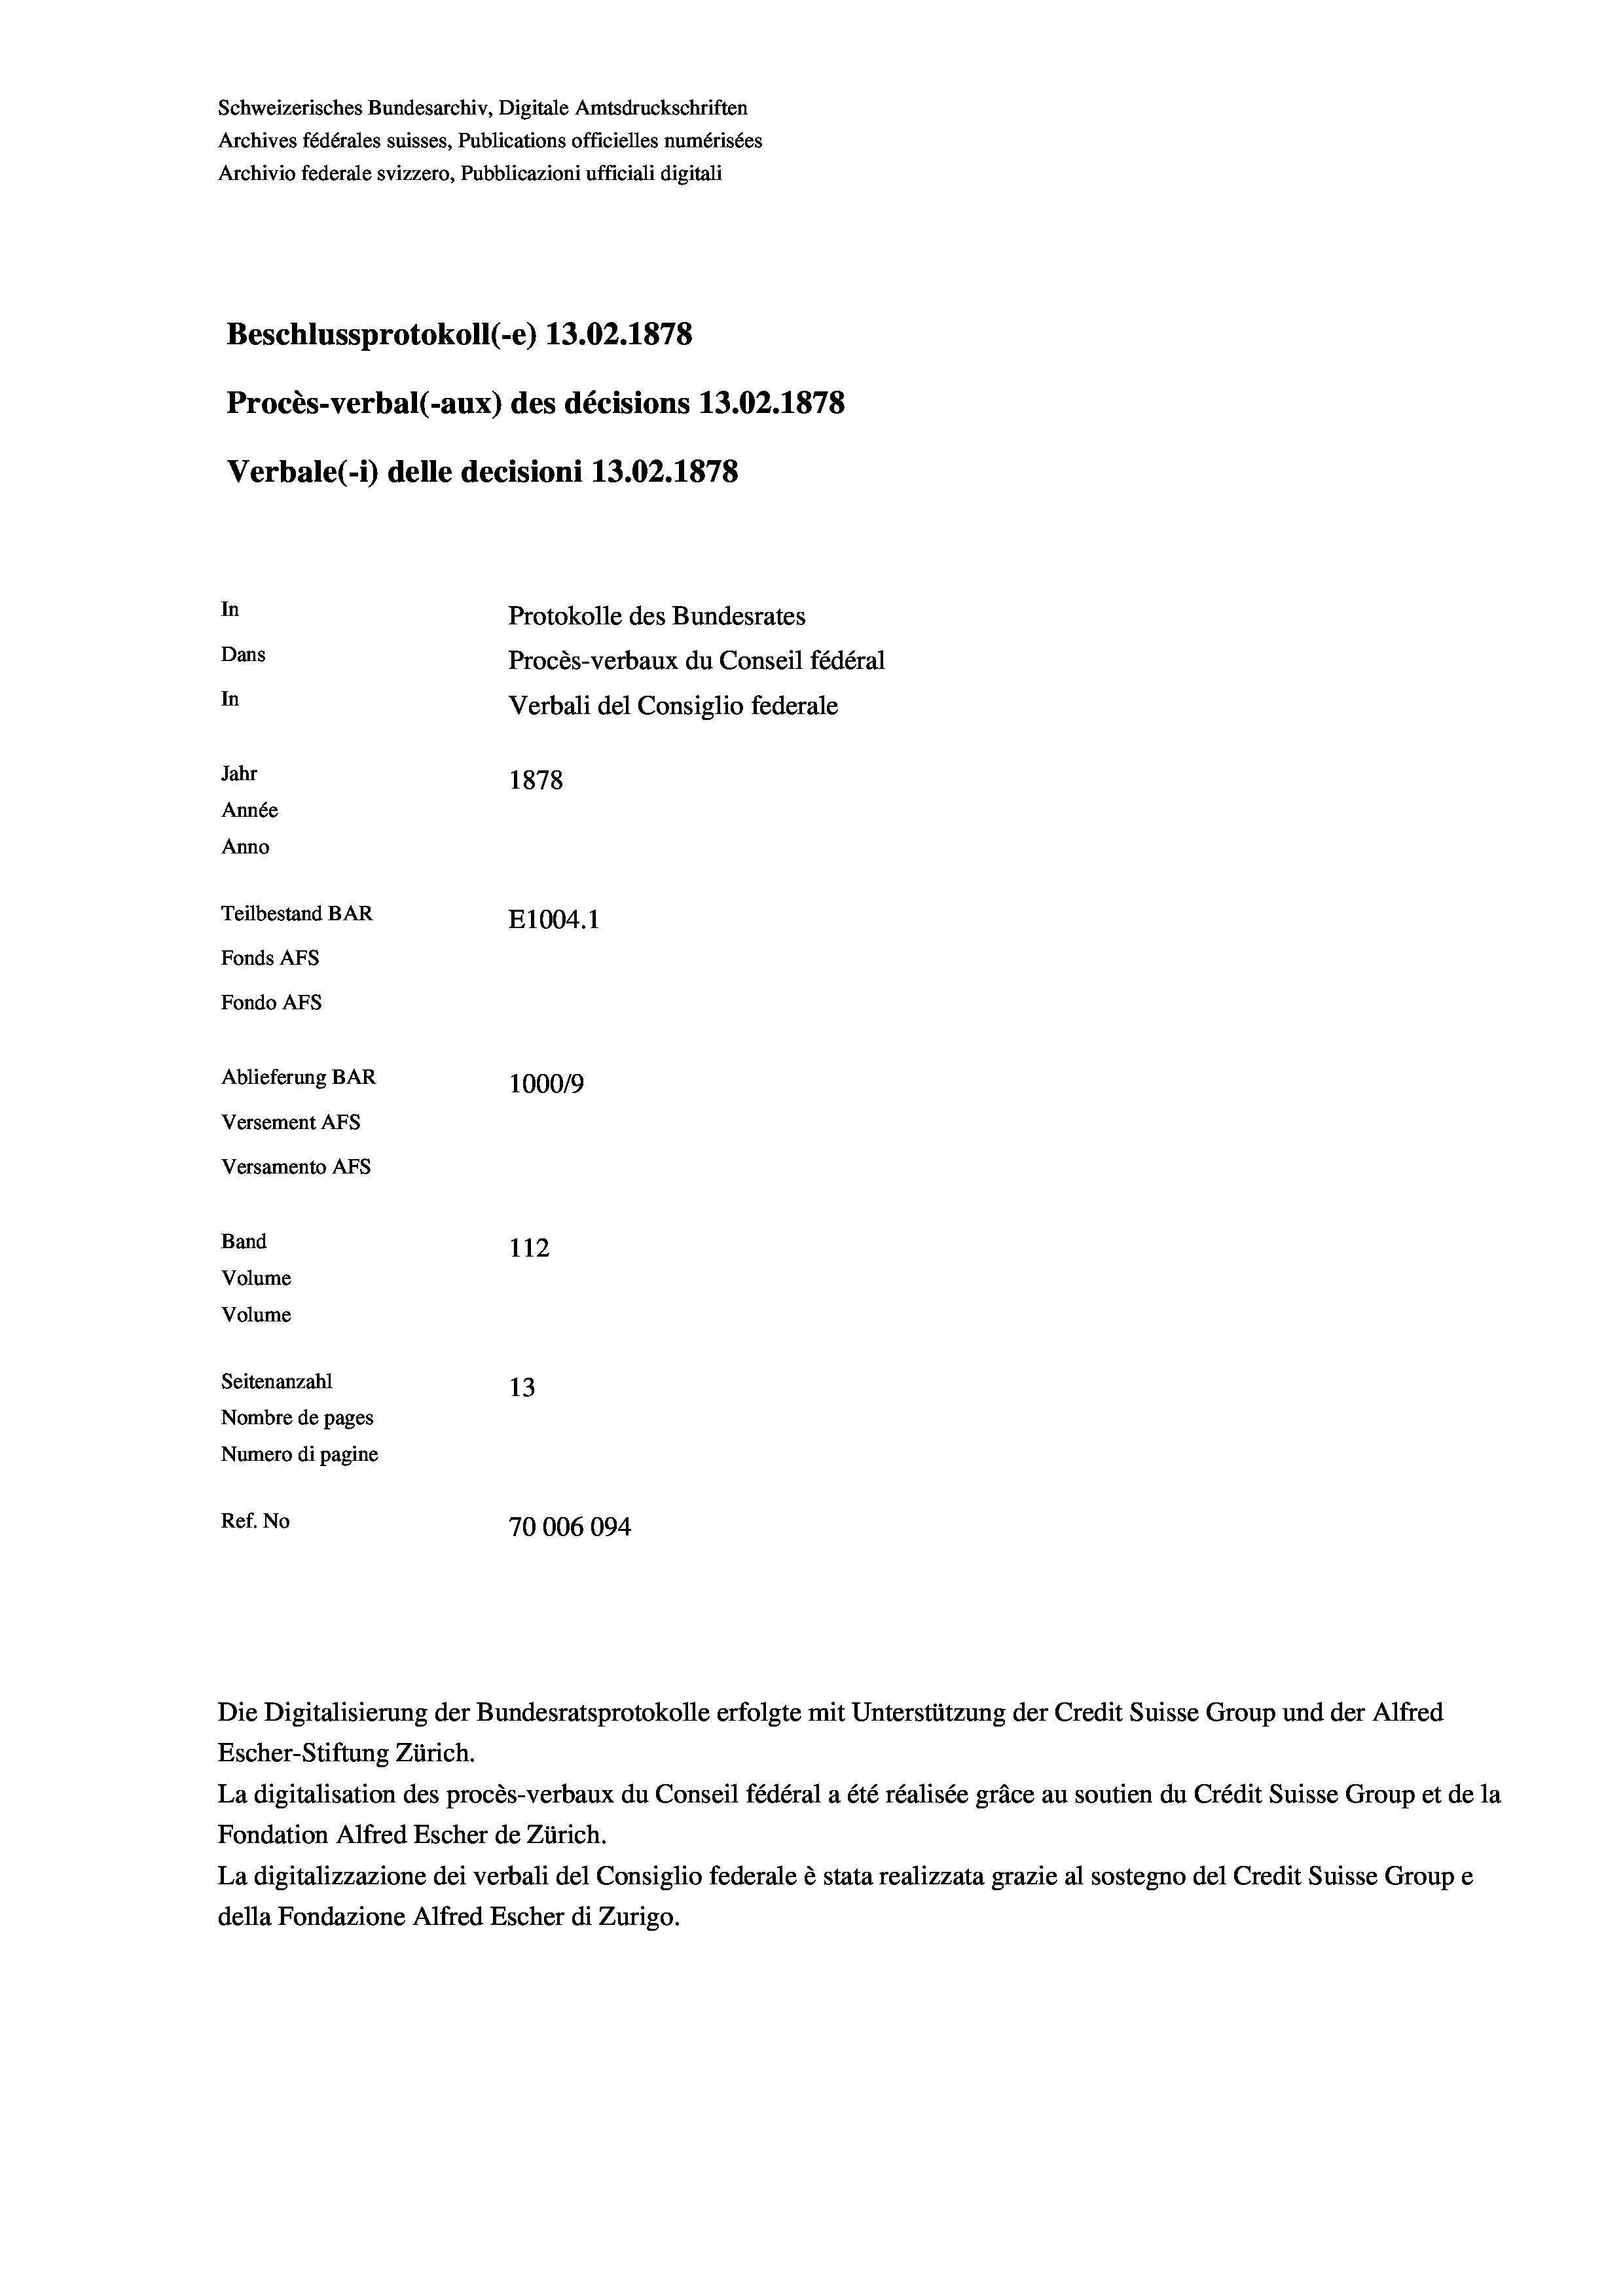
Schweizerisches Bundesarchiv, Digitale Amtsdruckschriften
Archives fédérales suisses, Publications officielles numérisées
Archivio federale svizzero, Pubblicazioni ufficiali digitali
Beschlussprotokoll (-e) 13.02. 1878
Procès-verbal (-aux) des décisions 13.02.1878
Verbale (- 1) delle decisioni 13.02. 1878
In
Protokolle des Bundesrates
Dans
Procès-verbaux du Conseil fédéral
In
Verbali del Consiglio federale
Jahr
1878
Année
Anno
Teilbestand BAR
E1004. 1
Fonds AFs
Fondo AFs
Ablieferung BAR
1000/9
Versement Abs
Versamento AFs
Band
112
Volume
Volume
Seitenanzahl
13
Nombre de pages
Numero di pagine
Ref. No
70006094

Escher-Stiftung Zürich.
La digitalisation des procès-verbaux du Conseil fédéral a été réalisée gräce au soutien du Crédit Suisse Group et de la
Fondation Alfred Escher de Zürich.
La digitalizzazione dei verbali del Consiglio federale è stata realizzata grazie al sostegno del Credit Suisse Groupe
della Fondazione Alfred Escher di Zurigo.

Die Digitalisierung der Bundesratsprotokolle erfolgte mit Unterstützung der Credit Suisse Group und der Alfred